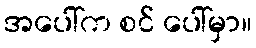
အပေါ်က စင် ပေါ်မှာ။